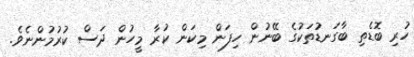
ހުރި ބޮޑެތި ބާގަނޑުތަކުގެ ބޭނުން ހިފަން މިކަން ކުރާ މީހުން ދަސް ކުރުމުންނެވެ.